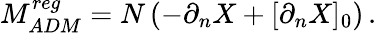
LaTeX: M_{ADM}^{reg}=N\left(-\partial_{n}X+[\partial_{n}X]_{0}\right)\, .